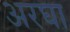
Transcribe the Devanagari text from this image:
अरघा